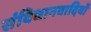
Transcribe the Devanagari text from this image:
संविधानवादियों